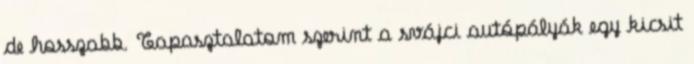
de hosszabb. Tapasztalatom szerint a svájci autópályák egy kicsit